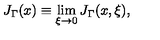
J _ { \Gamma } ( x ) \equiv \lim _ { \xi \to 0 } J _ { \Gamma } ( x , \xi ) ,